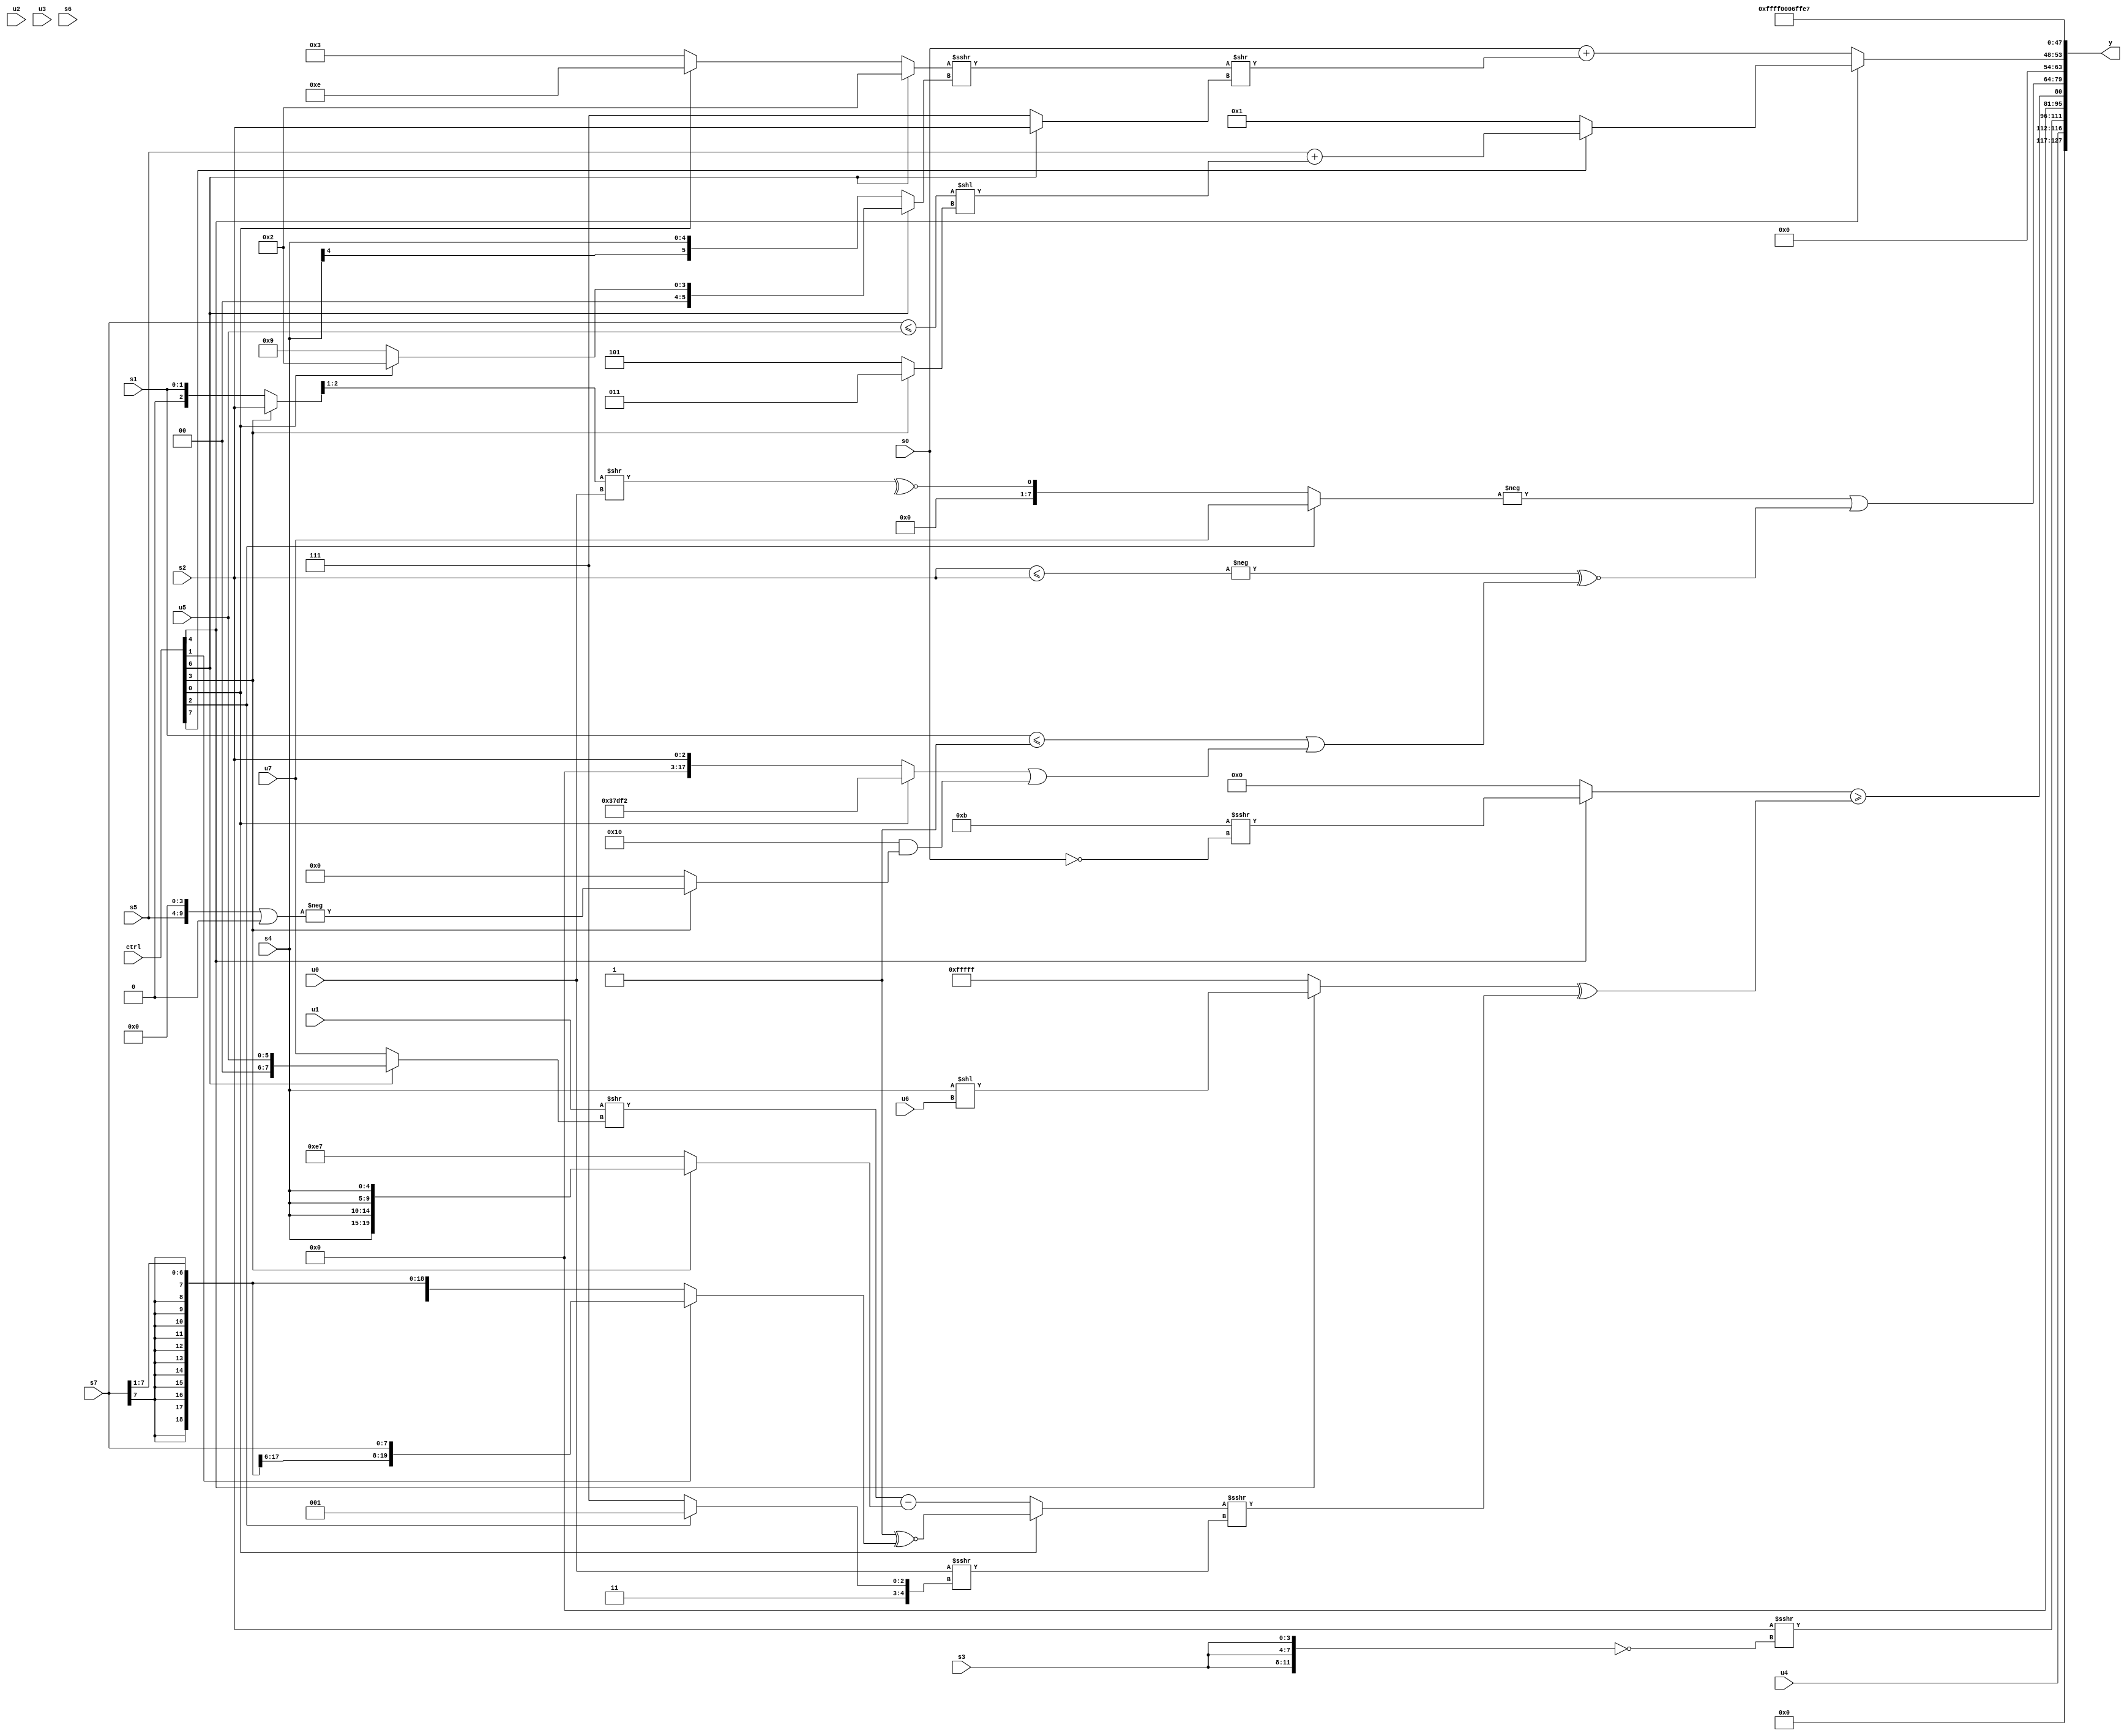
module wideexpr_00406(ctrl, u0, u1, u2, u3, u4, u5, u6, u7, s0, s1, s2, s3, s4, s5, s6, s7, y);
  input [7:0] ctrl;
  input [0:0] u0;
  input [1:0] u1;
  input [2:0] u2;
  input [3:0] u3;
  input [4:0] u4;
  input [5:0] u5;
  input [6:0] u6;
  input [7:0] u7;
  input signed [0:0] s0;
  input signed [1:0] s1;
  input signed [2:0] s2;
  input signed [3:0] s3;
  input signed [4:0] s4;
  input signed [5:0] s5;
  input signed [6:0] s6;
  input signed [7:0] s7;
  output [127:0] y;
  wire [15:0] y0;
  wire [15:0] y1;
  wire [15:0] y2;
  wire [15:0] y3;
  wire [15:0] y4;
  wire [15:0] y5;
  wire [15:0] y6;
  wire [15:0] y7;
  assign y = {y0,y1,y2,y3,y4,y5,y6,y7};
  assign y0 = u4;
  assign y1 = (s2)>>>(!(+({3{s3}})));
  assign y2 = ((ctrl[4]?(5'sb01011)>>>(!(-(+(s0)))):1'sb0))>=(((ctrl[4]?(s4)<<(u6):$signed(|(-(6'sb110101)))))^(((ctrl[0]?($signed((1'sb1)!=(+(4'b0000))))^~((ctrl[1]?s7:((s7)<<(2'sb00))>>(1'sb1))):$signed(((u1)>>((ctrl[6]?u5:u7)))-((ctrl[3]?{4{s4}}:{2{5'sb00111}})))))>>>((~|($signed(!(u0))))>>>($signed((ctrl[2]?(5'sb11001)<<<(1'sb0):1'sb1))))));
  assign y3 = (-((ctrl[2]?u7:~^((((ctrl[3]?+($unsigned(s2)):$signed({1{s1}})))>>($unsigned((1'sb1)<<<((4'b0000)<<<(2'b00)))))>>(u0)))))|((-((s2)<=(+(s2))))^~((+(({{1{$signed($signed(s1))}}})<=(~^(3'sb000))))|(((ctrl[0]?-((4'b0110)^~({3{(6'sb110110)-(2'sb11)}})):s2))|((6'sb010000)&((ctrl[3]?-(((s5)<<<(3'sb100))|($signed(5'sb00000))):(+((ctrl[6]?u3:2'b11)))<<(({3{3'sb100}})^(^(4'sb1001)))))))));
  assign y4 = {1{{1{(ctrl[4]?(ctrl[7]?(s5)+(+(((s7)<=(u5))<<((ctrl[3]?4'sb0011:5'sb00101)))):2'sb01):(s0)+((((ctrl[6]?+(4'sb0010):(ctrl[0]?4'sb1110:3'sb011)))>>>((ctrl[6]?(ctrl[0]?3'sb010:6'sb001001):$signed(s4))))>>((ctrl[6]?s2:(ctrl[6]?$signed(2'sb00):2'sb11)))))}}}};
  assign y5 = 2'sb11;
  assign y6 = 5'sb00110;
  assign y7 = 6'sb100111;
endmodule